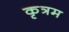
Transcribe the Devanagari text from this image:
कृत्रम